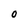
Character: O